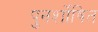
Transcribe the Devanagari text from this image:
पुनर्शोषित